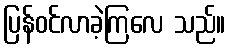
ပြန်ဝင်လာခဲ့ကြလေ သည်။